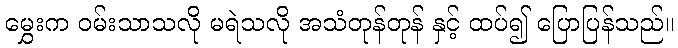
မွှေးက ဝမ်းသာသလို မရဲသလို အသံတုန်တုန် နှင့် ထပ်၍ ပြောပြန်သည်။